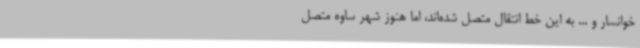
خوانسار و ... به این خط انتقال متصل شده‌اند، اما هنوز شهر ساوه متصل